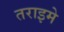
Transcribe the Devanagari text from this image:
तराइमे